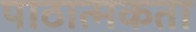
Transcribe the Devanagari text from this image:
पाठात्मकता